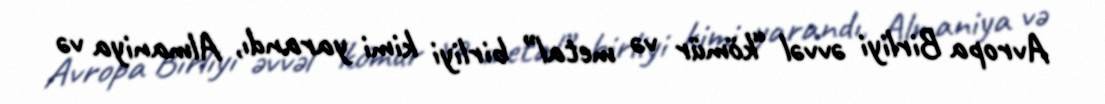
Avropa Birliyi əvvəl “kömür və metal” birliyi kimi yarandı, Almaniya və